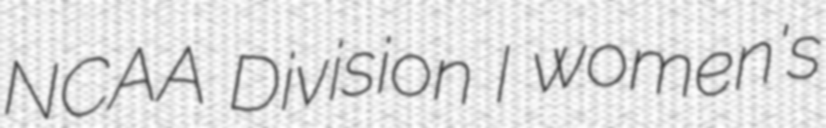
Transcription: NCAA Division I women's